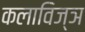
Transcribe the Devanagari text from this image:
कलाविज्ञ